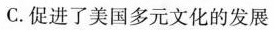
C.促进了美国多元文化的发展